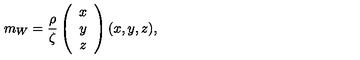
m _ { W } = \frac { \rho } { \zeta } \left( \begin{array} { c } { x } \\ { y } \\ { z } \\ \end{array} \right) ( x , y , z ) ,